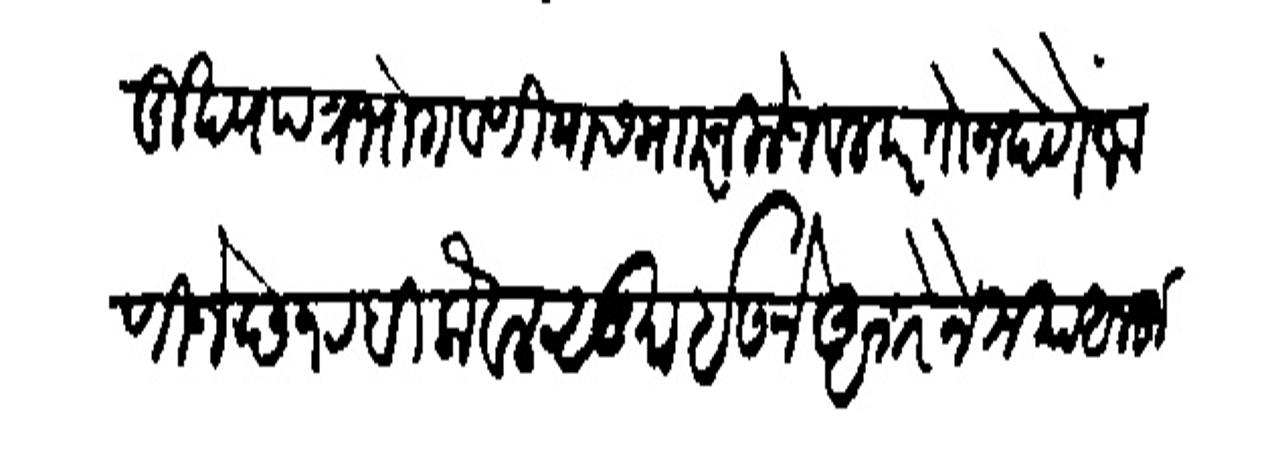
Transliteration (Devanagari): मुरय पत्र भोगवणियास मारनिलेजवल परतोन देणे जाणिजे छ १ रबीलोवल  सुग इसने अशरन मया व अलफ